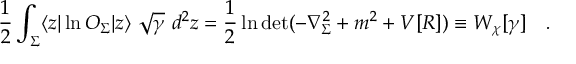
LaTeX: \frac 1 2 \int _ { \Sigma } \langle z | \ln O _ { \Sigma } | z \rangle ~ \sqrt { \gamma } ~ d ^ { 2 } z = \frac 1 2 \ln \operatorname * { d e t } ( - \nabla _ { \Sigma } ^ { 2 } + m ^ { 2 } + V [ { \cal R } ] ) \equiv W _ { \chi } [ \gamma ] ~ ~ ~ .